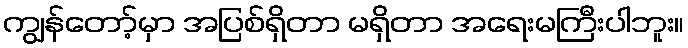
ကျွန်တော့်မှာ အပြစ်ရှိတာ မရှိတာ အရေးမကြီးပါဘူး။